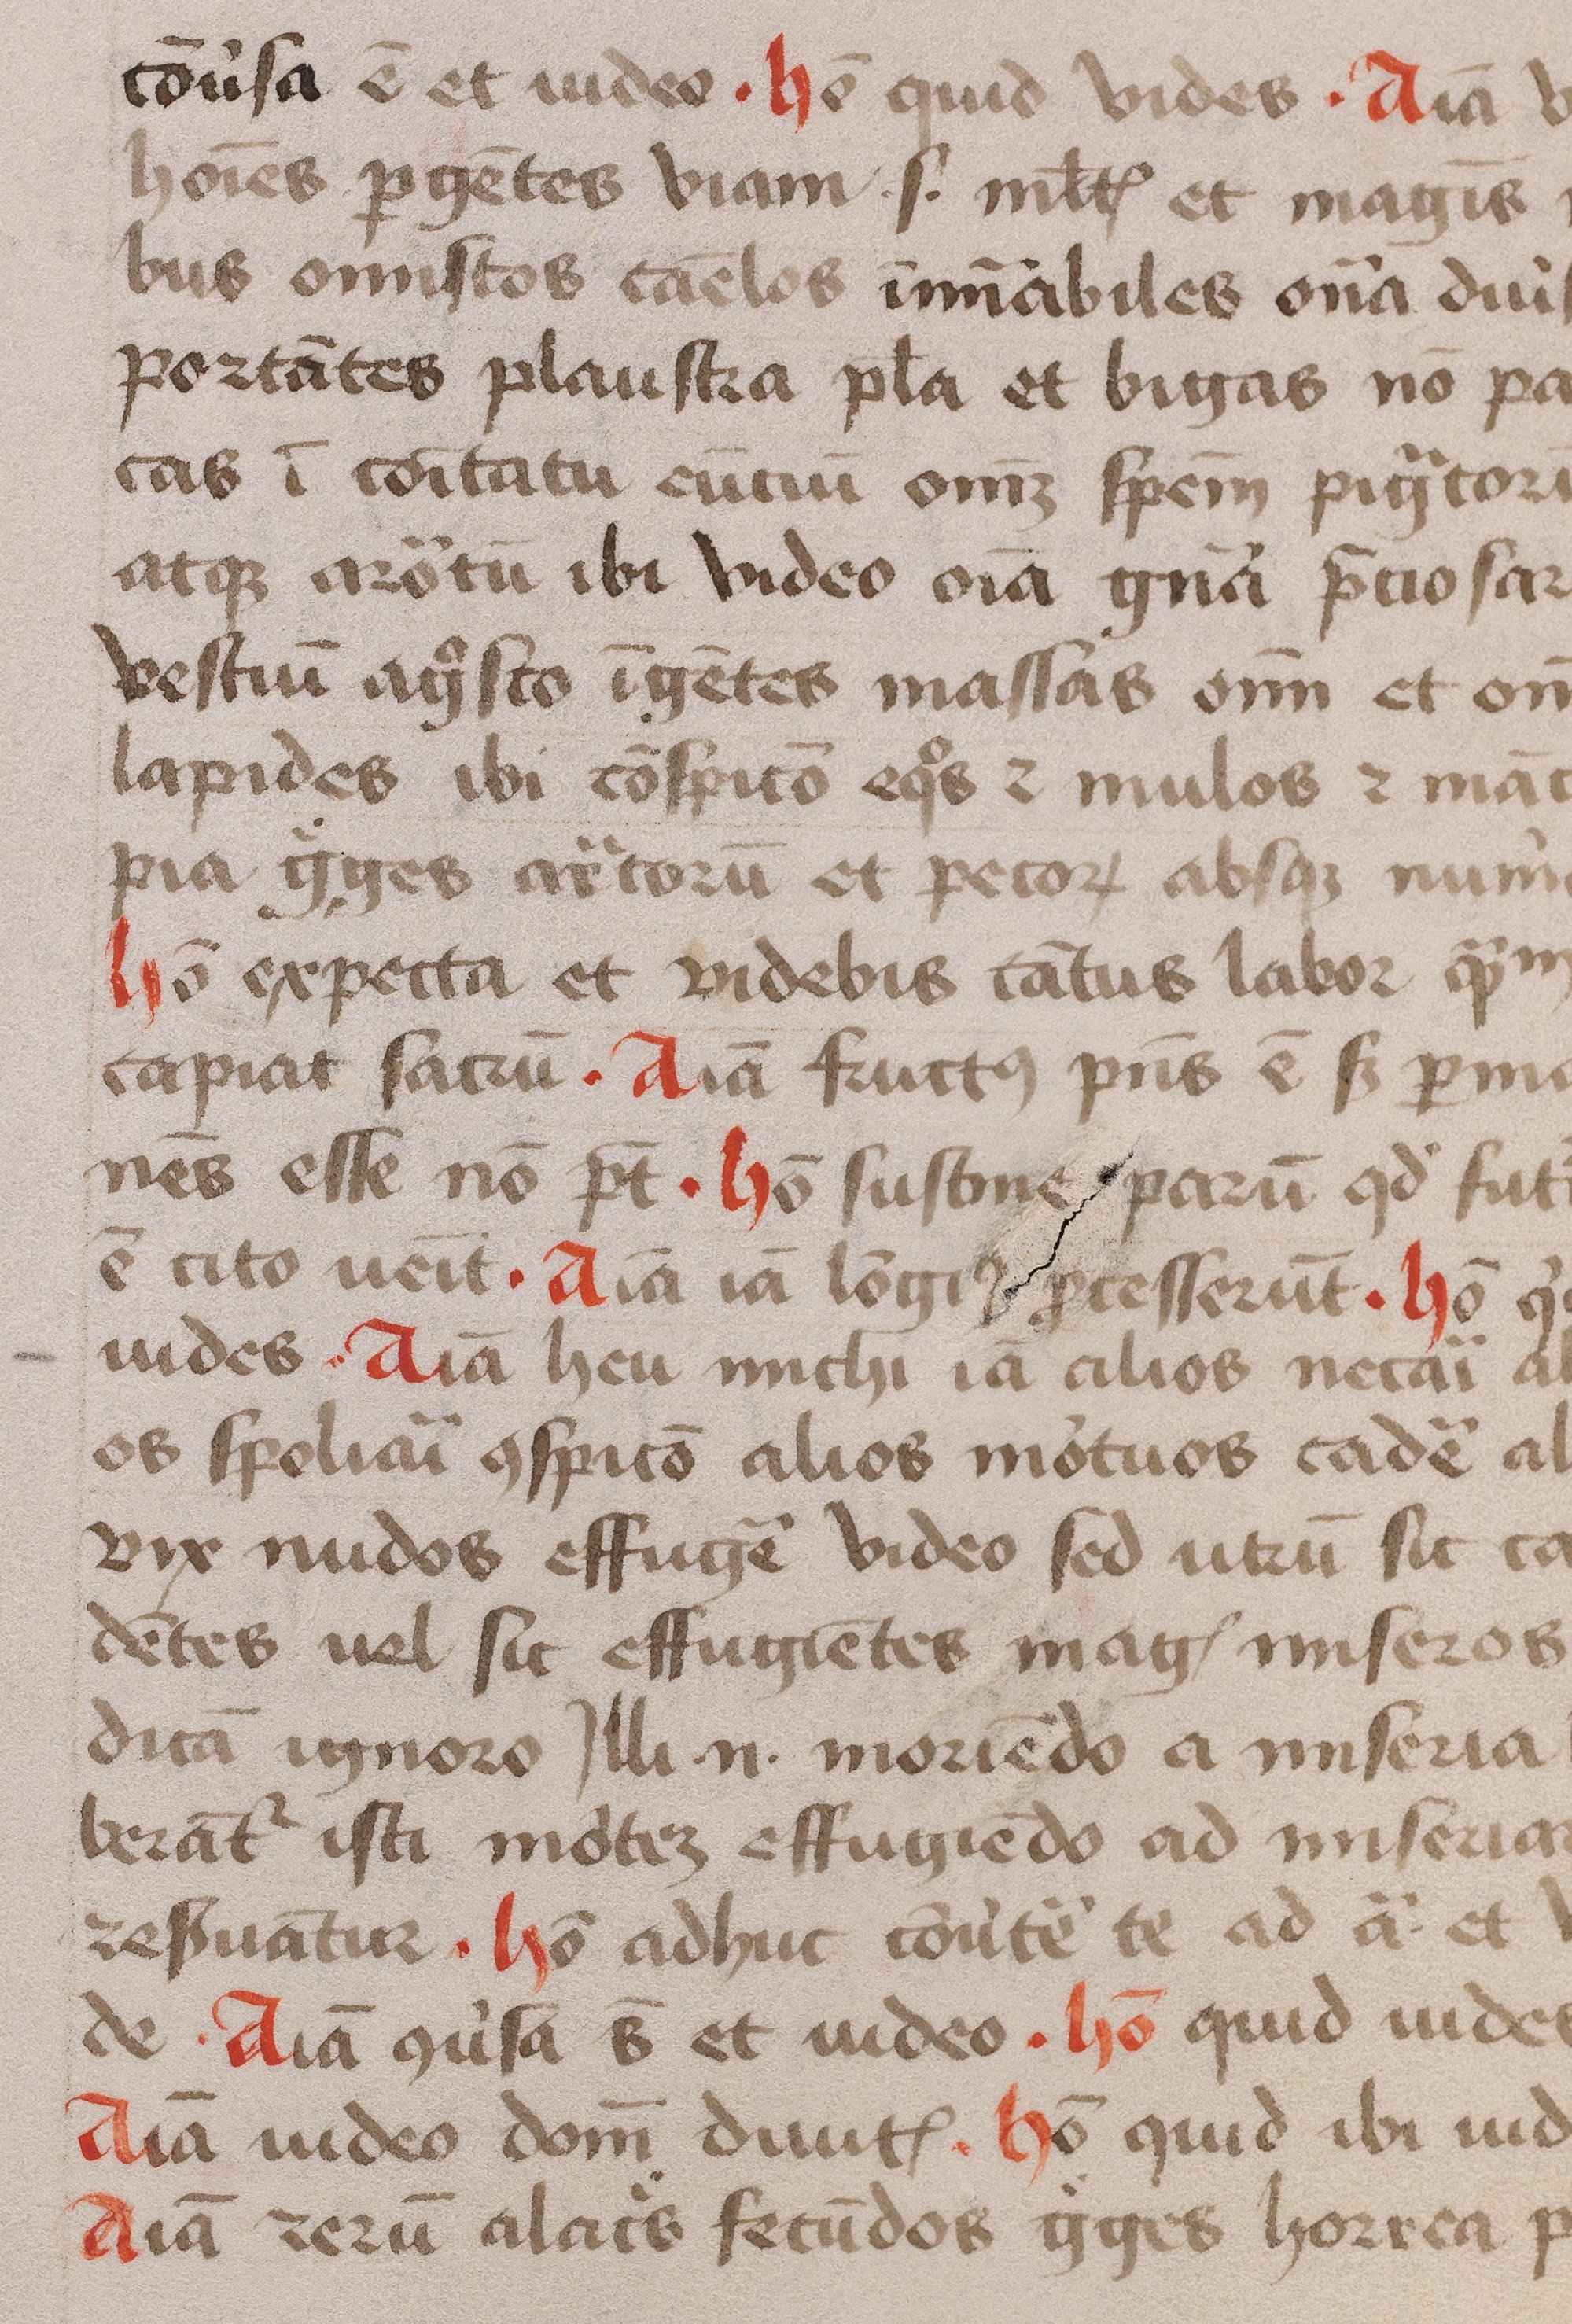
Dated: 1375–1499